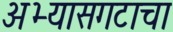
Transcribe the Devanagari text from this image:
अभ्यासगटाचा